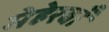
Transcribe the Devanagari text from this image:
मेहेरबाँ